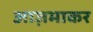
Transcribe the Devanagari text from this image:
आज़माकर